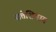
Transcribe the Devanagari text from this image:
सत्तेशिवाय